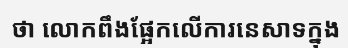
ថា លោកពឹងផ្អែកលើការនេសាទក្នុង